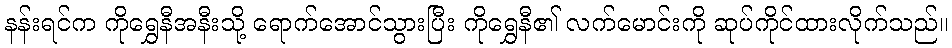
နန်းရင်က ကိုရွှေနီအနီးသို့ ရောက်အောင်သွားပြီး ကိုရွှေနီ၏ လက်မောင်းကို ဆုပ်ကိုင်ထားလိုက်သည်။